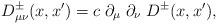
LaTeX: \begin{align*} D_{\mu \nu}^{\pm}(x,x')=c\; \partial_\mu \; \partial_\nu \;D^{\pm}(x,x'),\end{align*}